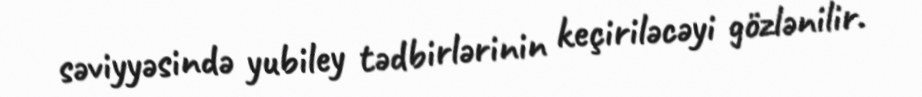
səviyyəsində yubiley tədbirlərinin keçiriləcəyi gözlənilir.